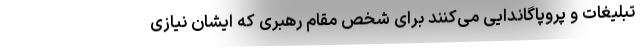
تبلیغات و پروپاگاندایی می‌کنند برای شخص مقام رهبری که ایشان نیازی